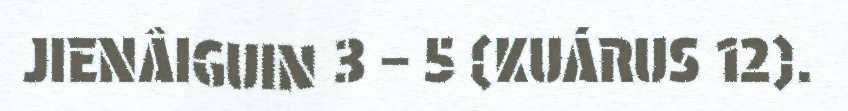
JIENÂIGUIN 3 – 5 (KUÁRUS 12).